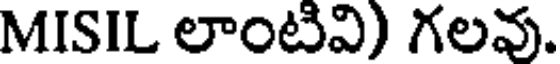
MISIL లాంటివి) గలవు.